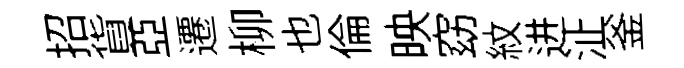
招貨亞遷柳也倫映窈紋进沚釜